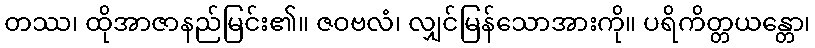
တဿ၊ ထိုအာဇာနည်မြင်း၏။ ဇဝဗလံ၊ လျှင်မြန်သောအားကို။ ပရိကိတ္တယန္တော၊